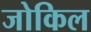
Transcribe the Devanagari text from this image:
जोकिल